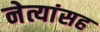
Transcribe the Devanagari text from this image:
नेत्यांसह